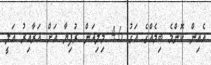
އެއިން ކޮންމެ ބިމެއްގެ އަގު 4.6 މިލިއަން ރުފިޔާ އަށް އަރާއިރު އަލީ